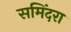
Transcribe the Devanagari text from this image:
समिंदरा